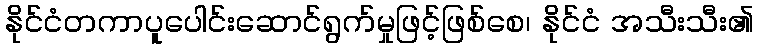
နိုင်ငံတကာပူပေါင်းဆောင်ရွက်မှုဖြင့်ဖြစ်စေ၊ နိုင်ငံ အသီးသီး၏